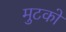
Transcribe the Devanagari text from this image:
मुटको